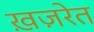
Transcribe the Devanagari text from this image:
ख़ज़रेत